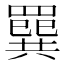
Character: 𦌔